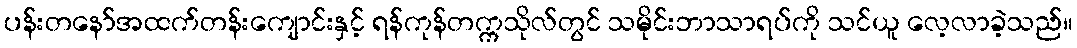
ပန်းတနော်အထက်တန်းကျောင်းနှင့် ရန်ကုန်တက္ကသိုလ်တွင် သမိုင်းဘာသာရပ်ကို သင်ယူ လေ့လာခဲ့သည်။